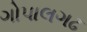
ગોપાલગઢ